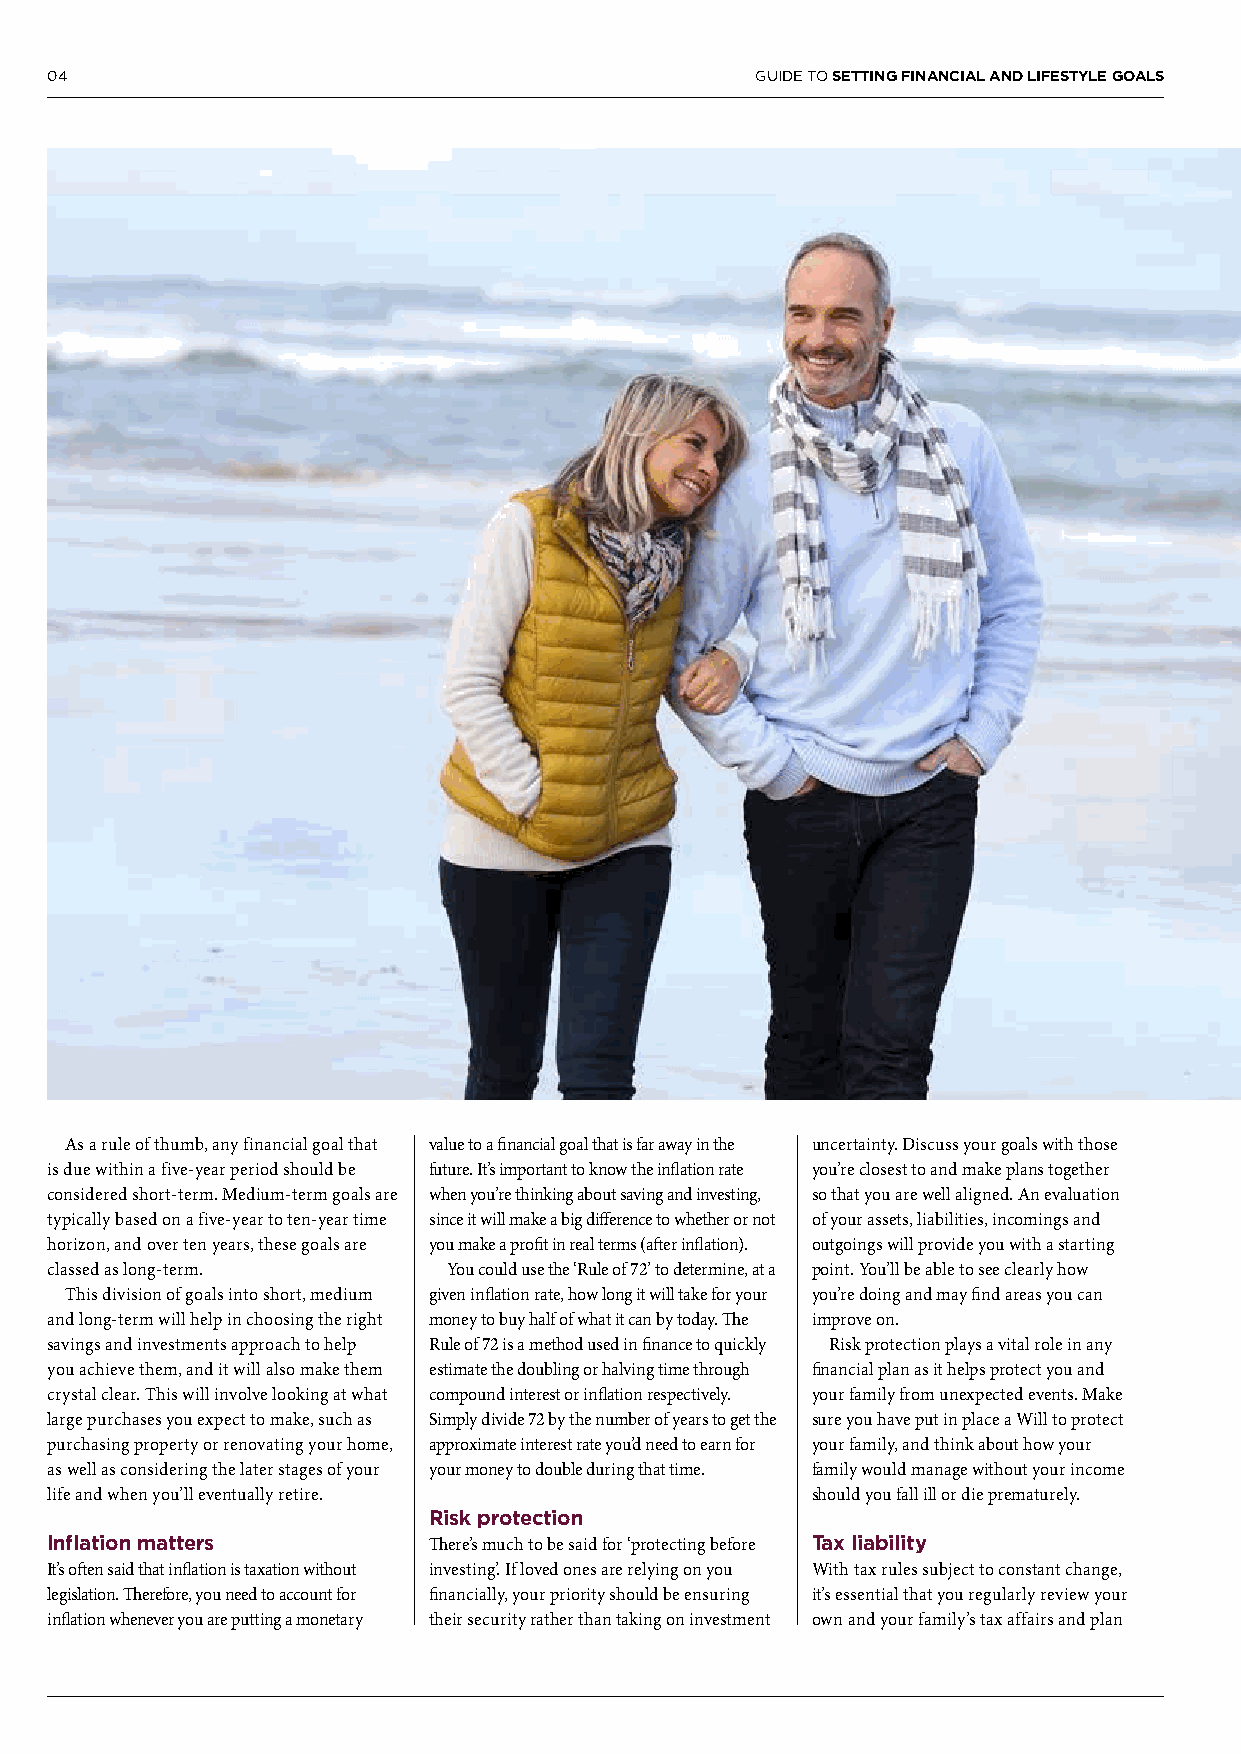
04                                             GUIDE TO SETTING FINANCIAL AND LIFESTYLE GOALS
 As a rule of thumb, any financial goal that value to a financial goal that is far away in the uncertainty. Discuss your goals with those
 is due within a five-year period should be future. It’s important to know the inflation rate you’re closest to and make plans together
 considered short-term. Medium-term goals are when you’re thinking about saving and investing, so that you are well aligned. An evaluation
 typically based on a five-year to ten-year time since it will make a big difference to whether or not of your assets, liabilities, incomings and
 horizon, and over ten years, these goals are you make a profit in real terms (after inflation). outgoings will provide you with a starting
 classed as long-term.      You could use the ‘Rule of 72’ to determine, at a point. You’ll be able to see clearly how
 This division of goals into short, medium given inflation rate, how long it will take for your you’re doing and may find areas you can
 and long-term will help in choosing the right money to buy half of what it can by today. The improve on.
 savings and investments approach to help Rule of 72 is a method used in finance to quickly Risk protection plays a vital role in any
 you achieve them, and it will also make them estimate the doubling or halving time through financial plan as it helps protect you and
 crystal clear. This will involve looking at what compound interest or inflation respectively. your family from unexpected events. Make
 large purchases you expect to make, such as Simply divide 72 by the number of years to get the sure you have put in place a Will to protect
 purchasing property or renovating your home, approximate interest rate you’d need to earn for your family, and think about how your
 as well as considering the later stages of your your money to double during that time. family would manage without your income
 life and when you’ll eventually retire.            should you fall ill or die prematurely.
 Risk protection
 Inflation matters        There’s much to be said for ‘protecting before Tax liability
 It’s often said that inflation is taxation without investing’. If loved ones are relying on you With tax rules subject to constant change,
 legislation. Therefore, you need to account for financially, your priority should be ensuring it’s essential that you regularly review your
 inflation whenever you are putting a monetary their security rather than taking on investment own and your family’s tax affairs and plan